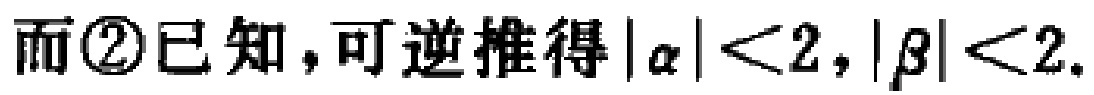
而\textcircled{2}已知，可逆推得\(|\alpha|<2,|\beta|<2\).